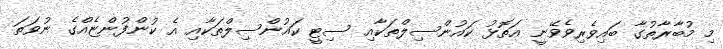
މި މުބާރާތުގާ ބައިވެރިވެވޭނީ އަތޮޅު ކައުންސިލްތަކާއި ސިޓީ ކައުންސިލްތަކާއި އެ ކުންފުންޏެއްގެ ނުވަތަ